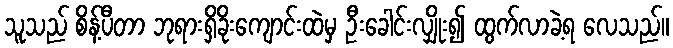
သူသည် စိန့်ပီတာ ဘုရားရှိခိုးကျောင်းထဲမှ ဦးခေါင်းလျှိုး၍ ထွက်လာခဲ့ရ လေသည်။